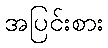
အပြင်းစား